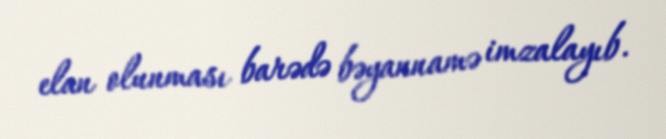
elan olunması barədə bəyannamə imzalayıb.